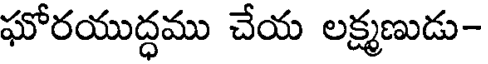
ఘోరయుద్ధము చేయ లక్ష్మణుడు-